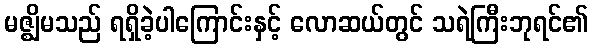
မဇ္ဈိမသည် ရရှိခဲ့ပါကြောင်းနှင့် လောဆယ်တွင် သရဲကြီးဘုရင်၏